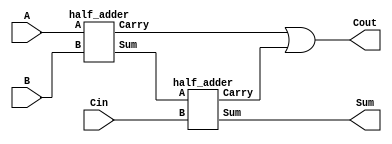
`timescale 1ns / 1ps
module full_adder (
    input A,
    input B,
    input Cin,
    output Sum,
    output Cout
);

wire Sum1, Sum2;
wire C1, C2;

half_adder HA1 (.A(A), .B(B), .Sum(Sum1), .Carry(C1));

half_adder HA2 (.A(Sum1), .B(Cin), .Sum(Sum2), .Carry(C2));

assign Sum = Sum2;

assign Cout = C1 | C2;

endmodule

module half_adder (
    input A,
    input B,
    output Sum,
    output Carry
);

assign Sum = A ^ B; 
assign Carry = A & B; 

endmodule